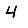
Digit: 4